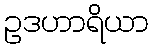
ဥဒဟာရိယာ